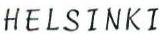
HELSINKI